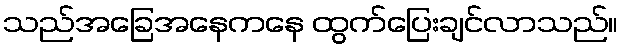
သည်အခြေအနေကနေ ထွက်ပြေးချင်လာသည်။